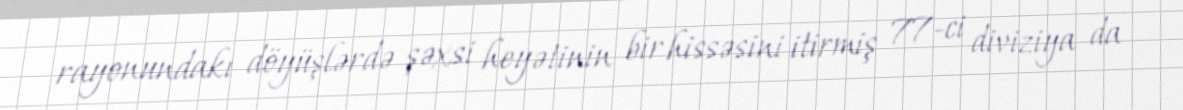
rayonundakı döyüşlərdə şəxsi heyətinin bir hissəsini itirmiş 77-ci diviziya da